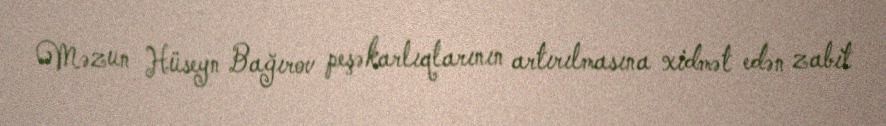
Məzun Hüseyn Bağırov peşəkarlıqlarının artırılmasına xidmət edən zabit